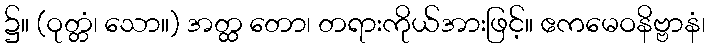
၌။ (ဝုတ္တံ၊ သော။) အတ္ထ တော၊ တရားကိုယ်အားဖြင့်။ ဧကမေဝနိဗ္ဗာနံ၊